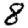
Digit: 8